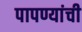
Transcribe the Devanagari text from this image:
पापण्यांची